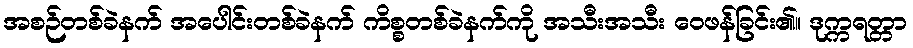
အစဉ်တစ်ခဲနက် အပေါင်းတစ်ခဲနက် ကိစ္စတစ်ခဲနက်ကို အသီးအသီး ဝေဖန်ခြင်း၏။ ဒုက္ကရတ္တာ